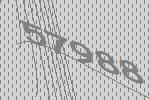
57988